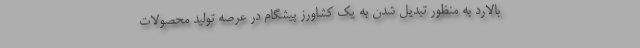
بالارد به منظور تبدیل شدن به یک کشاورز پیشگام در عرصه تولید محصولات